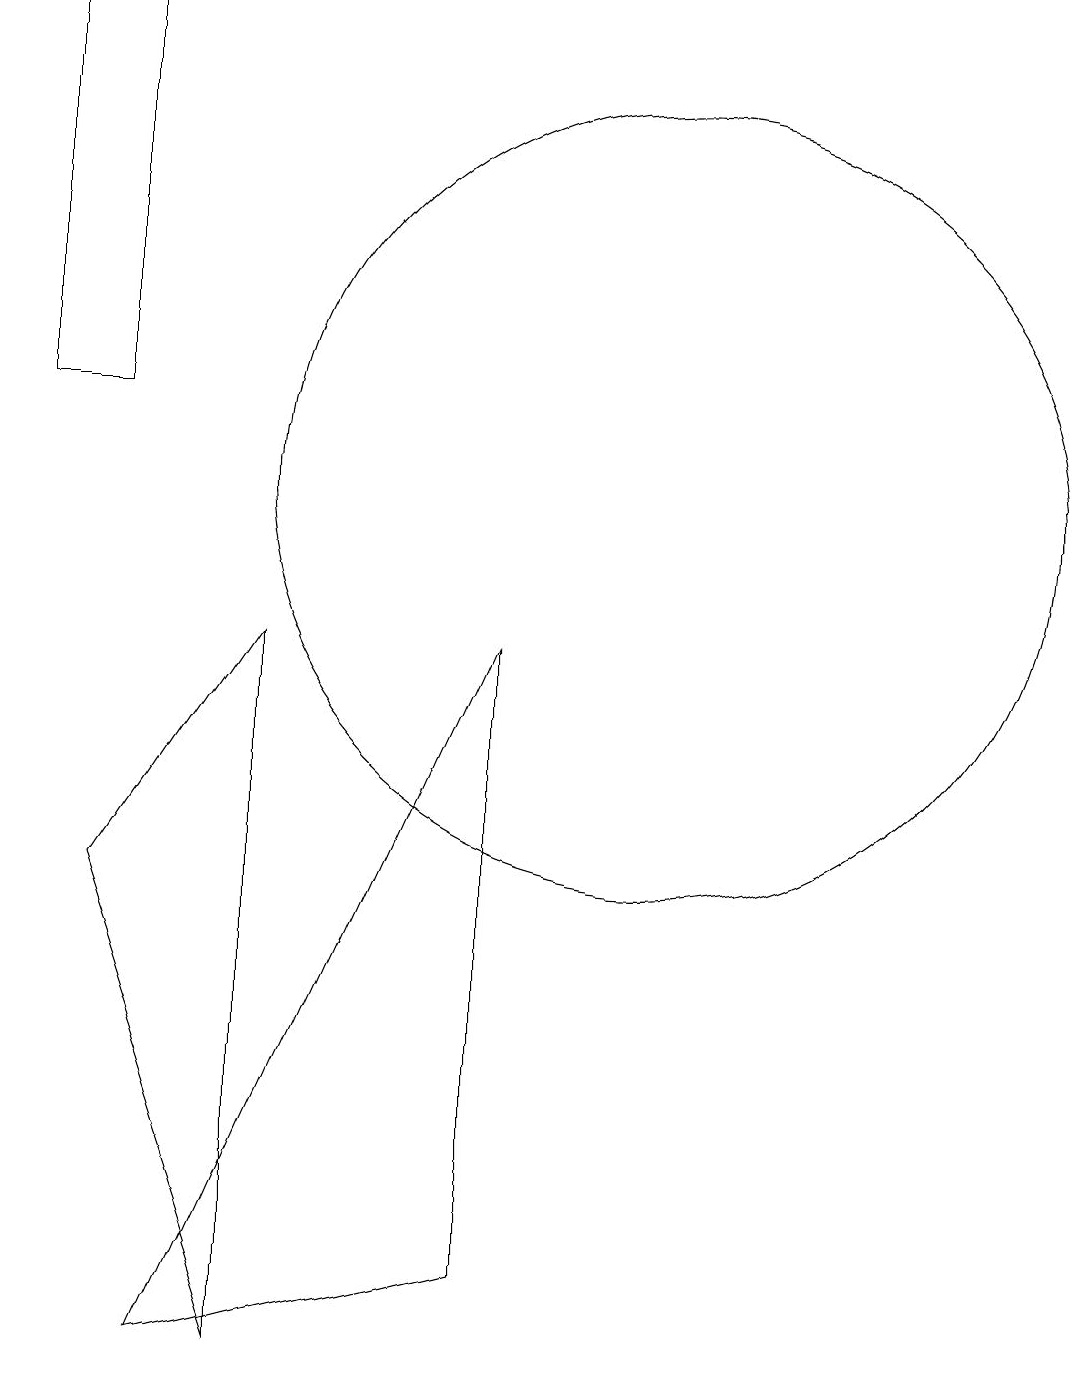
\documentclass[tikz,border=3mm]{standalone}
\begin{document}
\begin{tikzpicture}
\draw (3,17) rectangle (2,12);
\draw (5,0) -- (3,6) -- (5,9) -- cycle;
\draw (10,11) circle (5);
\draw (8,9) -- (4,0) -- (8,1) -- cycle;
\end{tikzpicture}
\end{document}